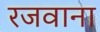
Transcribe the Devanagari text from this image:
रजवाना